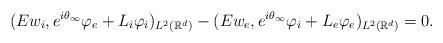
LaTeX: \begin{align*}(Ew_i,e^{i\theta_\infty}\varphi_e+L_i \varphi_i)_{L^2(\mathbb{R}^d)}-(Ew_e,e^{i\theta_\infty}\varphi_i+L_e\varphi_e)_{L^2(\mathbb{R}^d)}=0. \end{align*}